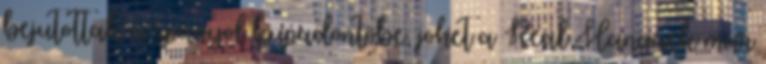
bejutottak a spanyol kupadöntőbe, jöhet a Real Hangáék már